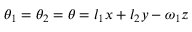
\theta _ { 1 } = \theta _ { 2 } = \theta = l _ { 1 } x + l _ { 2 } y - \omega _ { 1 } z